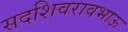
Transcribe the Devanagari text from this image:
सदशिवरावभाऊ